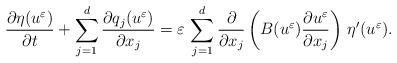
\begin{align*} \frac{\partial \eta(u^{\varepsilon})}{\partial t} + \displaystyle\sum_{j=1}^{d}\frac{\partial q_{j}(u^{\varepsilon})}{\partial x_{j}} = \varepsilon\,\displaystyle\sum_{j=1}^{d}\frac{\partial }{\partial x_{j}}\left(B(u^{\varepsilon})\frac{\partial u^{\varepsilon}}{\partial x_{j}}\right)\,\eta^{\prime}(u^{\varepsilon}).\end{align*}